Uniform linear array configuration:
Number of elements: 48
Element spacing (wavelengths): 0.75
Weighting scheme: binomial
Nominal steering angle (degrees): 15
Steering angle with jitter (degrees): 14.655
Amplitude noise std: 0.05
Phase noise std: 0.05

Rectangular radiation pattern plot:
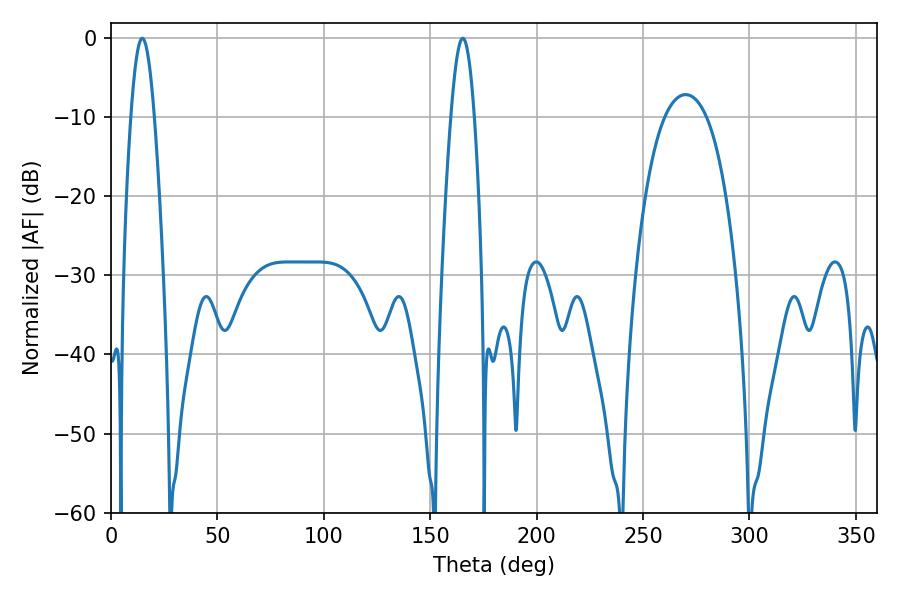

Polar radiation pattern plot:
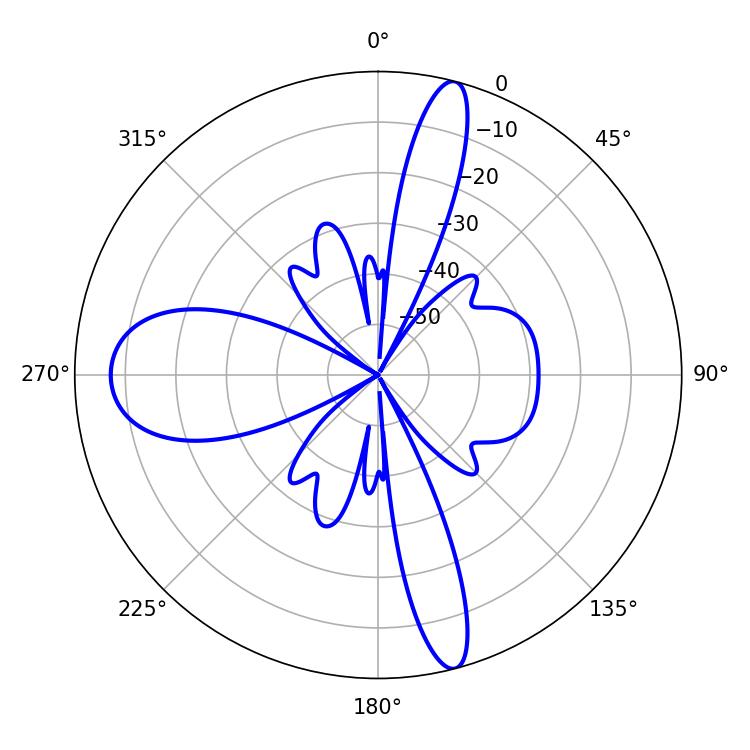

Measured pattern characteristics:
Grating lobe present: TRUE
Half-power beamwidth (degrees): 5.94
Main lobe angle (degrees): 14.76